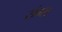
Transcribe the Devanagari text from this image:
संग्स